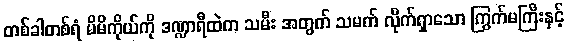
တစ်ခါတစ်ရံ မိမိကိုယ်ကို ဒဏ္ဍာရီထဲက သမီး အတွက် သမက် လိုက်ရှာသော ကြွက်မကြီးနှင့်